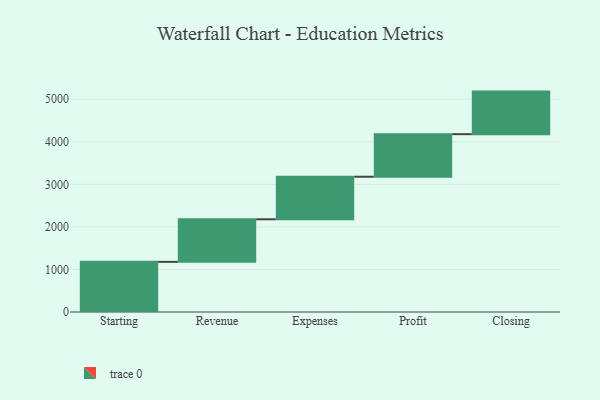
{"axis": {"x": "Step", "y": "Value"}, "legend": [""], "data": [{"x": "Starting", "y": 1178.0, "type": ""}, {"x": "Revenue", "y": 1000, "type": ""}, {"x": "Expenses", "y": 1000, "type": ""}, {"x": "Profit", "y": 1000, "type": ""}, {"x": "Closing", "y": 1000, "type": ""}]}